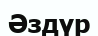
Әздүр